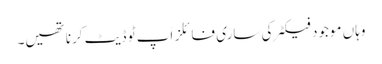
وہاں موجود فیکٹر کی ساری فائلز اَپ ٹو ڈیٹ کرنا تھیں۔